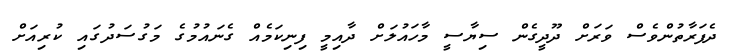
ދެފަރާތުންވެސް ވަރަށް ދޫދީގެން ސިޔާސީ މާހައުލަށް ދާއިމީ ފިނިކަމެއް ގެނައުމުގެ މަގުސަދުގައި ކުރިއަށް